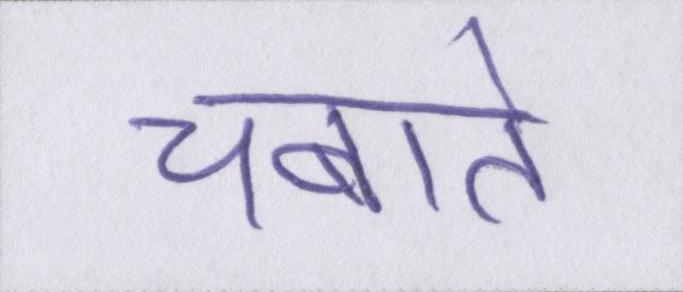
चबाते